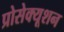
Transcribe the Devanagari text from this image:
प्रोसेक्यूशन